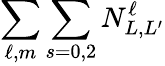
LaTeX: \sum_{\ell,m}\sum_{s=0,2}N_{L,L^{\prime}}^{\ell}